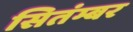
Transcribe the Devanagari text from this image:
सितंम्बर